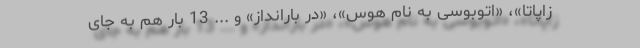
زاپاتا»، «اتوبوسی به نام هوس»، «در بارانداز» و ... 13 بار هم به جای